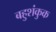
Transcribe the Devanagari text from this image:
बहुशंकुक